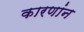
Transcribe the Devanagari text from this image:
कारणांन